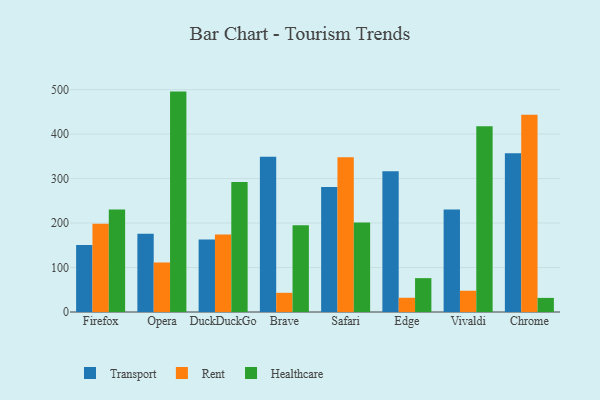
{"axis": {"x": "Browser", "y": "Customer Acquisition Cost (USD)"}, "legend": ["Healthcare", "Rent", "Transport"], "data": [{"x": "Firefox", "y": 150.5, "type": "Transport"}, {"x": "Firefox", "y": 198.3, "type": "Rent"}, {"x": "Firefox", "y": 230.4, "type": "Healthcare"}, {"x": "Opera", "y": 175.7, "type": "Transport"}, {"x": "Opera", "y": 111.3, "type": "Rent"}, {"x": "Opera", "y": 495.5, "type": "Healthcare"}, {"x": "DuckDuckGo", "y": 162.9, "type": "Transport"}, {"x": "DuckDuckGo", "y": 174.3, "type": "Rent"}, {"x": "DuckDuckGo", "y": 292.1, "type": "Healthcare"}, {"x": "Brave", "y": 348.8, "type": "Transport"}, {"x": "Brave", "y": 43.1, "type": "Rent"}, {"x": "Brave", "y": 195.1, "type": "Healthcare"}, {"x": "Safari", "y": 281.1, "type": "Transport"}, {"x": "Safari", "y": 347.9, "type": "Rent"}, {"x": "Safari", "y": 201.4, "type": "Healthcare"}, {"x": "Edge", "y": 316.2, "type": "Transport"}, {"x": "Edge", "y": 32.0, "type": "Rent"}, {"x": "Edge", "y": 76.1, "type": "Healthcare"}, {"x": "Vivaldi", "y": 230.7, "type": "Transport"}, {"x": "Vivaldi", "y": 47.8, "type": "Rent"}, {"x": "Vivaldi", "y": 417.7, "type": "Healthcare"}, {"x": "Chrome", "y": 356.8, "type": "Transport"}, {"x": "Chrome", "y": 443.3, "type": "Rent"}, {"x": "Chrome", "y": 31.7, "type": "Healthcare"}]}